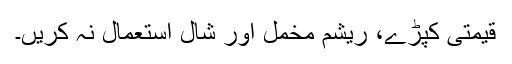
قیمتی کپڑے، ریشم مخمل اور شال استعمال نہ کریں۔